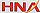
HNA